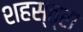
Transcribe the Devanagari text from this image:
शहस्त्रा